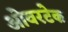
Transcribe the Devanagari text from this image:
ओवरटेक